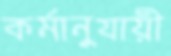
কর্মানুযায়ী